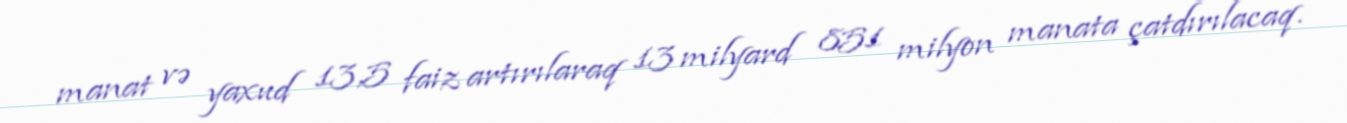
manat və yaxud 13,5 faiz artırılaraq 13 milyard 851 milyon manata çatdırılacaq.